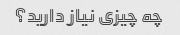
چه چیزی نیاز دارید؟